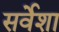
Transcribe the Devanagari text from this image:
सर्वेशा